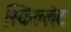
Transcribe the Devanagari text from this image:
स्किल्लेट